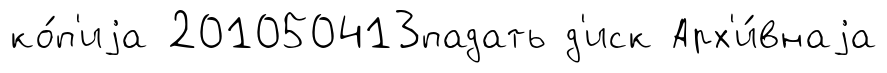
ко́п'иjа 201050413падать д'иск Арх'и́внаjа